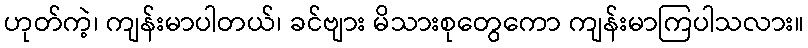
ဟုတ်ကဲ့၊ ကျန်းမာပါတယ်၊ ခင်ဗျား မိသားစုတွေကော ကျန်းမာကြပါသလား။